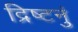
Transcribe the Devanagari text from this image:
द्रिष्टनुं